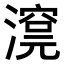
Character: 𣾊